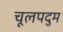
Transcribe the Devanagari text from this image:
चूलपदुम